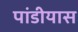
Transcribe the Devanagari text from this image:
पांडीयास